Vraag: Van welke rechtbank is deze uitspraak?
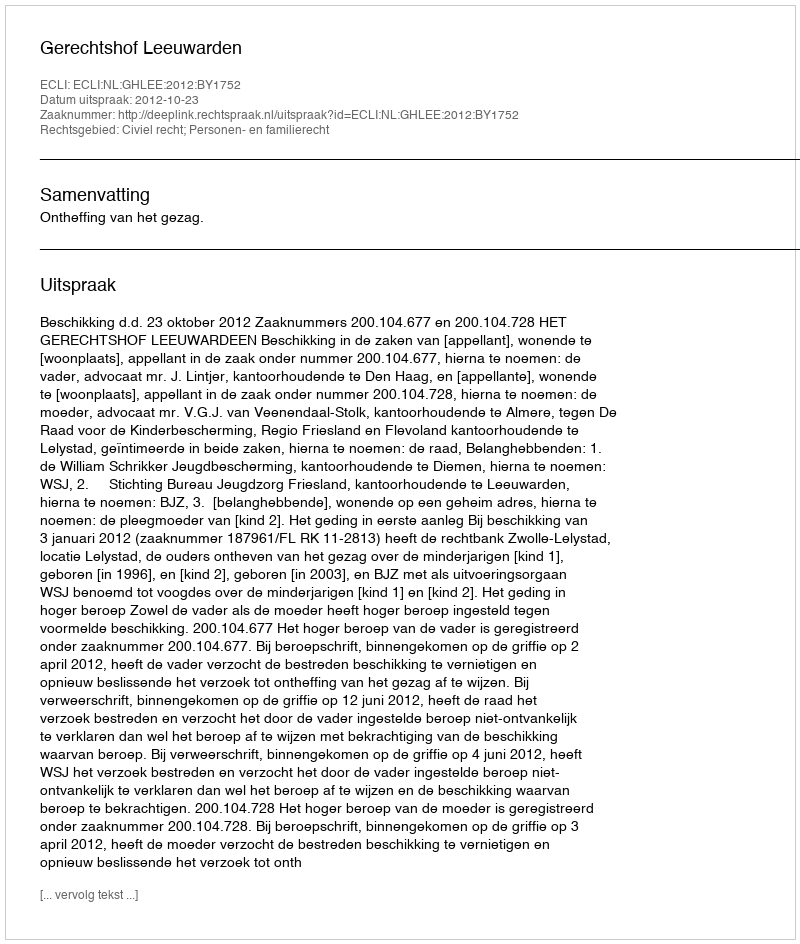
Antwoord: Gerechtshof Leeuwarden